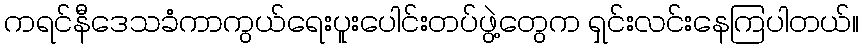
ကရင်နီဒေသခံကာကွယ်ရေးပူးပေါင်းတပ်ဖွဲ့တွေက ရှင်းလင်းနေကြပါတယ်။